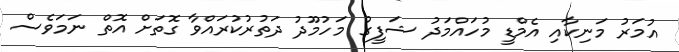
އުމަރު މަނިކާއި އެމްޑީ މުހައްމަދު ޝަފީގު މަހުމޫދު ދަތުރުކުރައްވާ ގޮތަށް އޮތް ނަމަވެސް